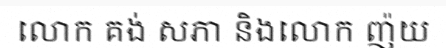
លោក គង់ សភា និងលោក ញ៉យ